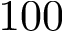
1 0 0